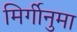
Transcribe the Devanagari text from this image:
मिर्गीनुमा